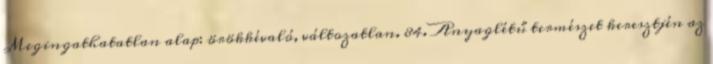
Megingathatatlan alap: örökkévaló, változatlan. 84. Anyaglétű természet keresztjén az